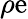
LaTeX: \rho\mathrm{e}